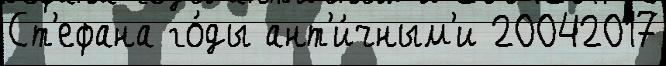
Ст'ефана го́ды ант'и́чным'и 20042017